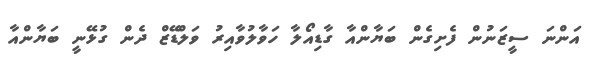
އަންނަ ސީޒަނުން ފެށިގެން ބަޔާންއާ ގާޑިއޯލާ ހަވާލުވާއިރު ވަލްޑޭޒް ދެން ގުޅޭނީ ބަޔާންއާ